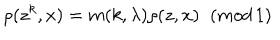
\rho ( z ^ { k } , x ) = m ( k , \lambda ) \rho ( z , x ) \; \; ( m o d \, 1 )